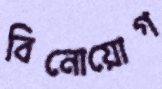
বিনোয়োগ